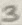
Text: 3